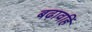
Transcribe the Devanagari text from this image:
बढ़ावहिं